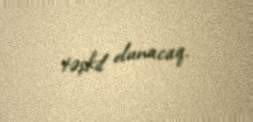
təşkil olunacaq.